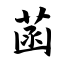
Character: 菡